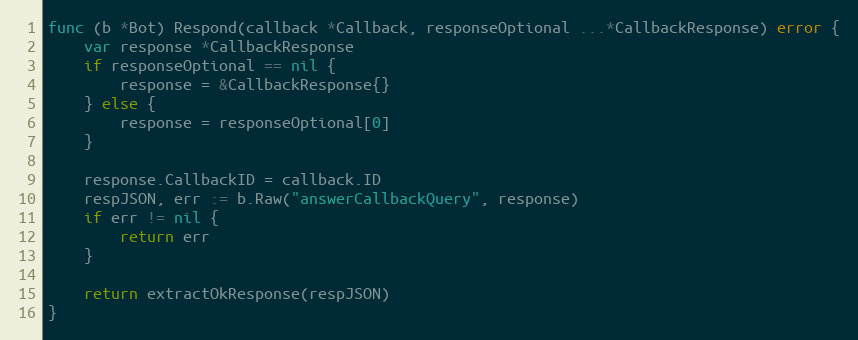
Language: Go
func (b *Bot) Respond(callback *Callback, responseOptional ...*CallbackResponse) error {
	var response *CallbackResponse
	if responseOptional == nil {
		response = &CallbackResponse{}
	} else {
		response = responseOptional[0]
	}

	response.CallbackID = callback.ID
	respJSON, err := b.Raw("answerCallbackQuery", response)
	if err != nil {
		return err
	}

	return extractOkResponse(respJSON)
}